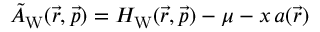
{ \tilde { A } _ { \mathrm { W } } ( \vec { r } , \vec { p } ) = H _ { \mathrm { W } } ( \vec { r } , \vec { p } ) - \mu - x \, a ( \vec { r } ) }